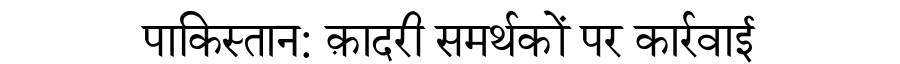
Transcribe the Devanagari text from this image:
पाकिस्तान: क़ादरी समर्थकों पर कार्रवाई